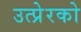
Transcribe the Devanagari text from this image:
उत्प्रेरको